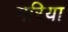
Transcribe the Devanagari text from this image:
गरिया